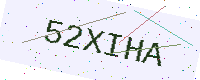
Text: 52XIHA